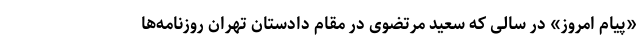
«پیام امروز» در سالی که سعید مرتضوی در مقام دادستان تهران روزنامه‌ها